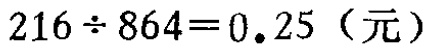
\(216\div 864 = 0.25\)（元）